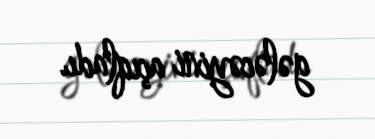
gələcəyini açıqladı.